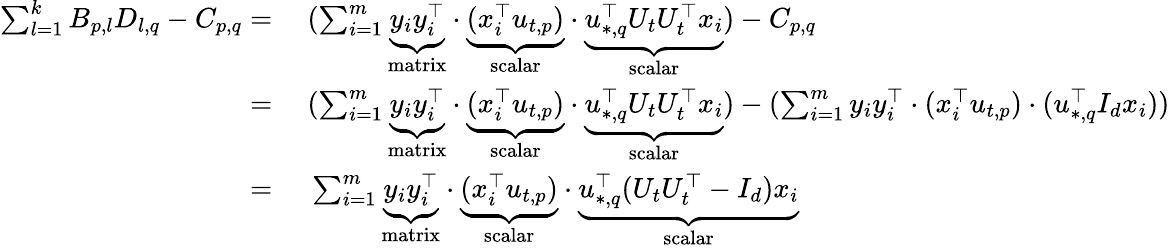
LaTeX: \begin{array}{rl}{\sum_{l=1}^{k}B_{p,l}D_{l,q}-C_{p,q}=}&{~(\sum_{i=1}^{m}\underbrace{y_{i}y_{i}^{\top}}_{\mathrm{matrix}}\cdot\underbrace{(x_{i}^{\top}u_{t,p})}_{\mathrm{scalar}}\cdot\underbrace{u_{*,q}^{\top}U_{t}U_{t}^{\top}x_{i}}_{\mathrm{scalar}})-C_{p,q}}\\ {=}&{~(\sum_{i=1}^{m}\underbrace{y_{i}y_{i}^{\top}}_{\mathrm{matrix}}\cdot\underbrace{(x_{i}^{\top}u_{t,p})}_{\mathrm{scalar}}\cdot\underbrace{u_{*,q}^{\top}U_{t}U_{t}^{\top}x_{i}}_{\mathrm{scalar}})-(\sum_{i=1}^{m}y_{i}y_{i}^{\top}\cdot(x_{i}^{\top}u_{t,p})\cdot(u_{*,q}^{\top}I_{d}x_{i}))}\\ {=}&{~\sum_{i=1}^{m}\underbrace{y_{i}y_{i}^{\top}}_{\mathrm{matrix}}\cdot\underbrace{(x_{i}^{\top}u_{t,p})}_{\mathrm{scalar}}\cdot\underbrace{u_{*,q}^{\top}(U_{t}U_{t}^{\top}-I_{d})x_{i}}_{\mathrm{scalar}}}\end{array}